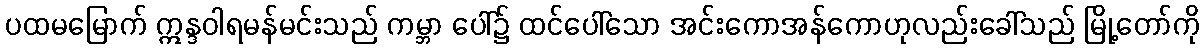
ပထမမြောက် ဣန္ဒဝါရမန်မင်းသည် ကမ္ဘာ ပေါ်၌ ထင်ပေါ်သော အင်းကောအန်ကောဟုလည်းခေါ်သည် မြို့တော်ကို